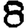
Digit: 8